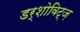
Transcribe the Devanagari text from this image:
डर्शोविट्ज़